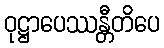
ဝုဋ္ဌာပေဿန္တီတိပေ